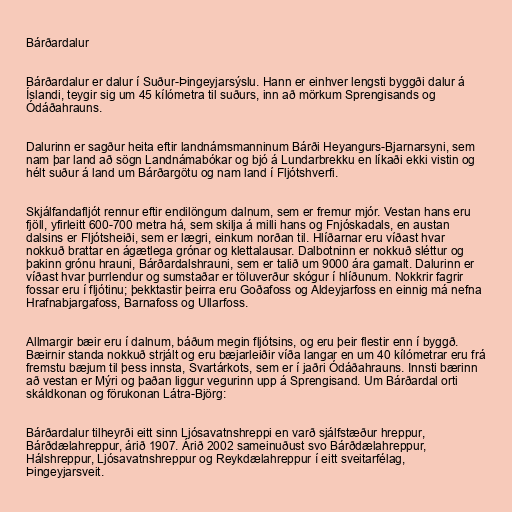
Bárðardalur

Bárðardalur er dalur í Suður-Þingeyjarsýslu. Hann er einhver lengsti byggði dalur á
Íslandi, teygir sig um 45 kílómetra til suðurs, inn að mörkum Sprengisands og
Ódáðahrauns.

Dalurinn er sagður heita eftir landnámsmanninum Bárði Heyangurs-Bjarnarsyni, sem
nam þar land að sögn Landnámabókar og bjó á Lundarbrekku en líkaði ekki vistin og
hélt suður á land um Bárðargötu og nam land í Fljótshverfi.

Skjálfandafljót rennur eftir endilöngum dalnum, sem er fremur mjór. Vestan hans eru
fjöll, yfirleitt 600-700 metra há, sem skilja á milli hans og Fnjóskadals, en austan
dalsins er Fljótsheiði, sem er lægri, einkum norðan til. Hlíðarnar eru víðast hvar
nokkuð brattar en ágætlega grónar og klettalausar. Dalbotninn er nokkuð sléttur og
þakinn grónu hrauni, Bárðardalshrauni, sem er talið um 9000 ára gamalt. Dalurinn er
víðast hvar þurrlendur og sumstaðar er töluverður skógur í hlíðunum. Nokkrir fagrir
fossar eru í fljótinu; þekktastir þeirra eru Goðafoss og Aldeyjarfoss en einnig má nefna
Hrafnabjargafoss, Barnafoss og Ullarfoss.

Allmargir bæir eru í dalnum, báðum megin fljótsins, og eru þeir flestir enn í byggð.
Bæirnir standa nokkuð strjált og eru bæjarleiðir víða langar en um 40 kílómetrar eru frá
fremstu bæjum til þess innsta, Svartárkots, sem er í jaðri Ódáðahrauns. Innsti bærinn
að vestan er Mýri og þaðan liggur vegurinn upp á Sprengisand. Um Bárðardal orti
skáldkonan og förukonan Látra-Björg:

Bárðardalur tilheyrði eitt sinn Ljósavatnshreppi en varð sjálfstæður hreppur,
Bárðdælahreppur, árið 1907. Árið 2002 sameinuðust svo Bárðdælahreppur,
Hálshreppur, Ljósavatnshreppur og Reykdælahreppur í eitt sveitarfélag,
Þingeyjarsveit.